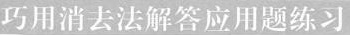
巧用消去法解答应用题练习